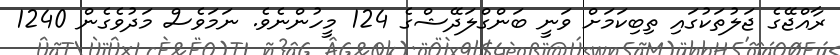
ރާއްޖޭގެ ޖަލުތަކުގައި ތިބިކަމަށް ވަނީ ބަންގްލަދޭޝްގެ 124 މީހުންނެވެ. ނަމަވެސް މަދުވެގެން 1240